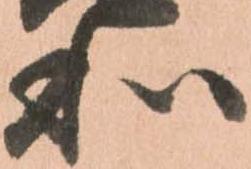
和